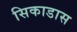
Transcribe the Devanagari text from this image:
सिकाडास